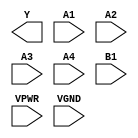
module sky130_fd_sc_hs__o41ai (
    Y   ,
    A1  ,
    A2  ,
    A3  ,
    A4  ,
    B1  ,
    VPWR,
    VGND
);

    output Y   ;
    input  A1  ;
    input  A2  ;
    input  A3  ;
    input  A4  ;
    input  B1  ;
    input  VPWR;
    input  VGND;
endmodule